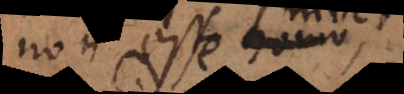
on esse homo